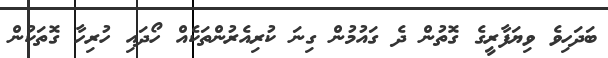
ބަދަހިވެ ވިޔަފާރީގެ ގޮތުން ދެ ގައުމުން ގިނަ ކުރިއެރުންތަކެއް ހޯދައި ހުރިހާ ގޮތަކުން